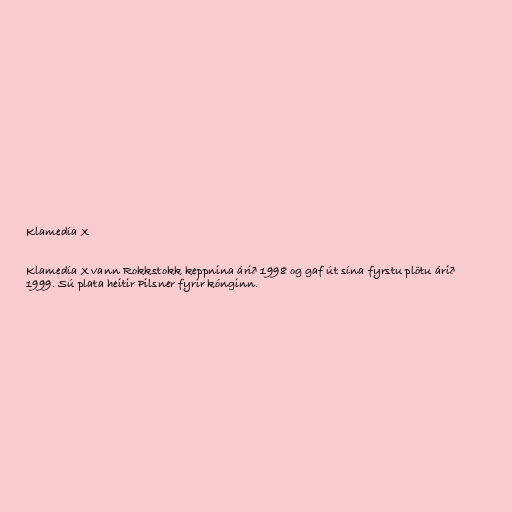
Klamedía X

Klamedía X vann Rokkstokk keppnina árið 1998 og gaf út sína fyrstu plötu árið
1999. Sú plata heitir Pilsner fyrir kónginn.